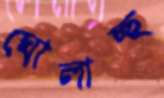
ঘোলাচ্ছ